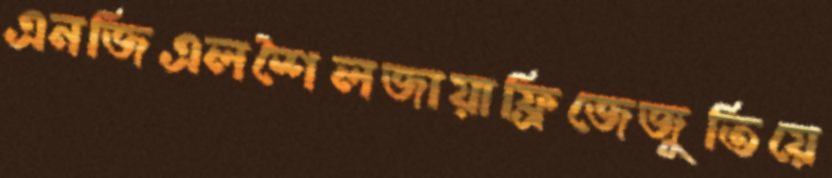
এনজিএলশৈলজায়াফ্রিজেজুতিয়ে